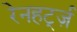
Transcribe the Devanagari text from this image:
रेनहर्ट्ज़